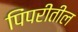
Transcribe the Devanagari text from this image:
पिंपरीतील